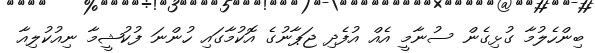
ބިންހެލުމާ ގުޅިގެން ސުނާމީ އެއް އުފެދި ޖަޕާނުގެ އޮކުމާގައި ހުންނަ ފުކުޝީމާ ނިއުކުލިއާ